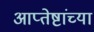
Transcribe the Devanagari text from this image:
आप्‍तेष्टांच्या